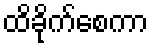
ထိခိုက်စေကာ